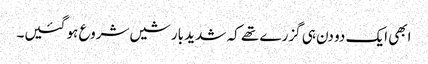
ابھی ایک دو دن ہی گزرے تھے کہ شدید بارشیں شروع ہو گئیں۔